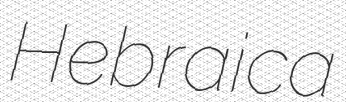
Hebraica